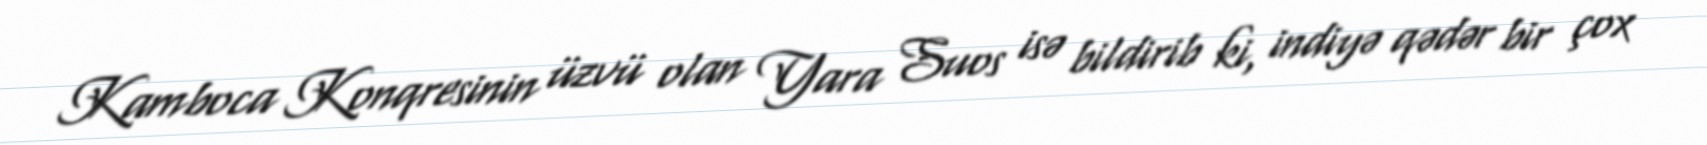
Kamboca Konqresinin üzvü olan Yara Suos isə bildirib ki, indiyə qədər bir çox